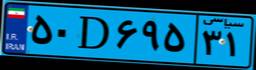
۵۰D۰۶۵۹۰